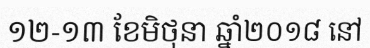
១២-១៣ ខែមិថុនា ឆ្នាំ២០១៨ នៅ